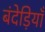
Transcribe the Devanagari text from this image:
बंदेड़ियाँ